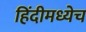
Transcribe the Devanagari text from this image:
हिंदीमध्येच